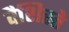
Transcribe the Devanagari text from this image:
वैशिस्ते